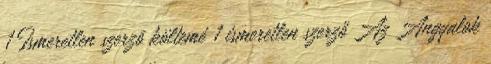
1 Ismeretlen szerzõ költemé 1 ismeretlen szerző Az Angyalok